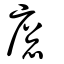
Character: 𢉛